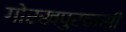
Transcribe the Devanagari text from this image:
गोरखपुरवासी